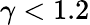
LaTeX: \gamma<1.2